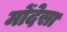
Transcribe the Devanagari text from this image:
मोंदेसा